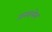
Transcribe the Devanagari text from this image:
जनरालेस